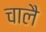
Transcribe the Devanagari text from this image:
चालै